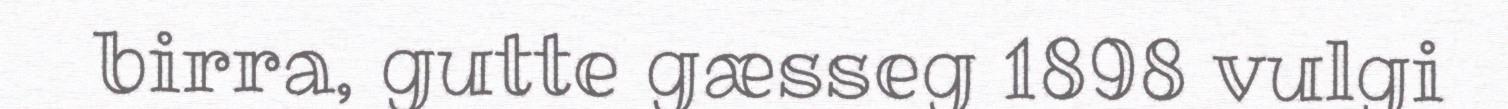
birra, gutte gæsseg 1898 vulgi